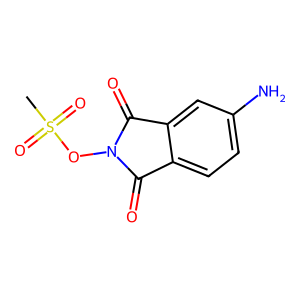
SMILES: CS(=O)(=O)ON1C(=O)c2ccc(N)cc2C1=O
Inhibits HIV replication: No